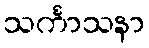
သင်္ကာသနာ